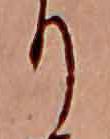
り